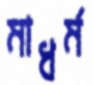
মাধর্ম